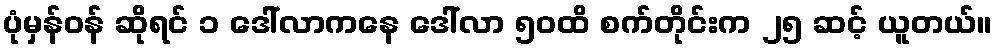
ပုံမှန်ဝန် ဆိုရင် ၁ ဒေါ်လာကနေ ဒေါ်လာ ၅၀ထိ စက်တိုင်းက ၂၅ ဆင့် ယူတယ်။